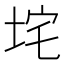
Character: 垞